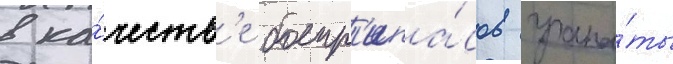
в ка́честв'е боепр'ипа́сов грана́ты